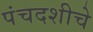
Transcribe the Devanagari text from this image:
पंचदशीचे